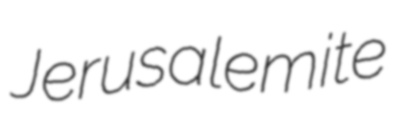
Jerusalemite